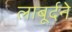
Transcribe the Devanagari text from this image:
लाबूर्दने